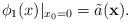
LaTeX: \begin{align*}\phi_1({x})\vert_{x_0=0}=\tilde{a}(\mathbf{x}).\end{align*}